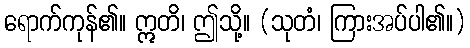
ရောက်ကုန်၏။ ဣတိ၊ ဤသို့။ (သုတံ၊ ကြားအပ်ပါ၏။)